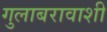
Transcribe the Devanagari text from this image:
गुलाबरावाशी